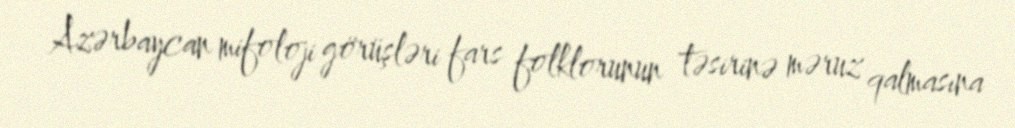
Azərbaycan mifoloji görüşləri fars folklorunun təsirinə məruz qalmasına